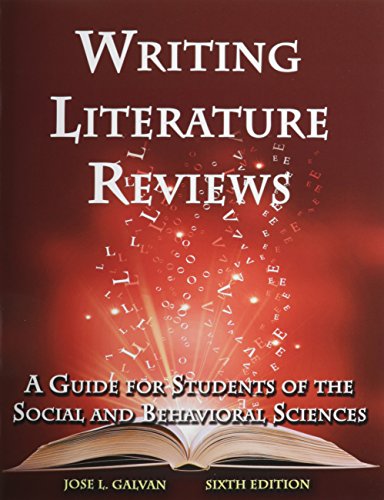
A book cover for Writing Literature Reviews: A Guide for Students of the Social and Behavioral Sciences; Jose L. Galvan; Politics & Social Sciences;